Medical and sanitary report on the native army of Bombay for the year
Year: 1878
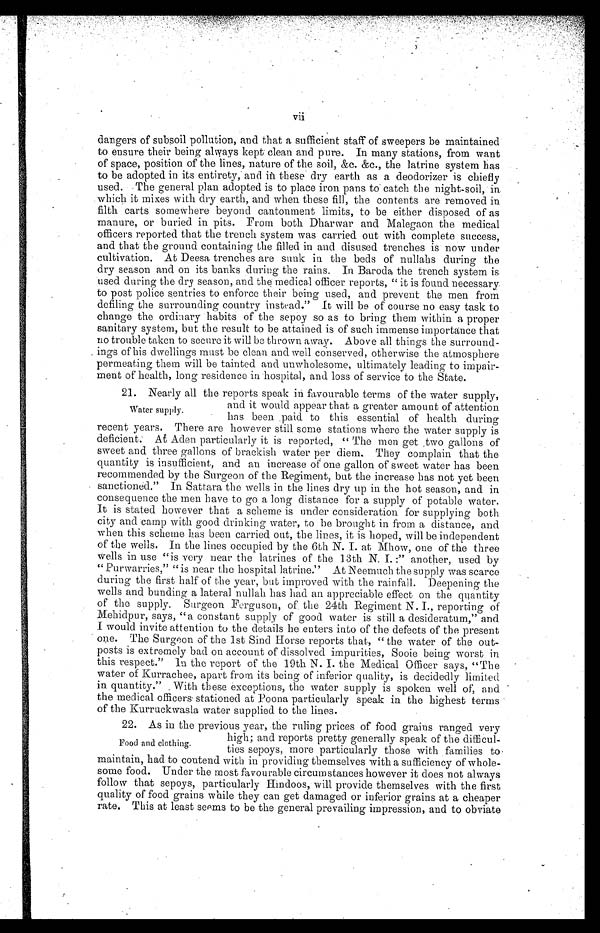
vii
dangers of subsoil pollution, and that a sufficient staff of sweepers be maintained
to ensure their being always kept clean and pure. In many stations, from want
of space, position of the lines, nature of the soil, &c. &c., the latrine system has
to be adopted in its entirety, and in these dry earth as a deodorizer is chiefly
used. The general plan adopted is to place iron pans to catch the night-soil, in
which it mixes with dry earth, and when these fill, the contents are removed in
filth carts somewhere beyond cantonment limits, to be either disposed of as
manure, or buried in pits. From both Dharwar and Malegaon the medical
officers reported that the trench system was carried out with complete success,
and that the ground containing the filled in and disused trenches is now under
cultivation. At Deesa trenches are sunk in the beds of nullahs during the
dry season and on its banks during the rains. In Baroda the trench system is
used during the dry season, and the medical officer reports, " it is found necessary
to post police sentries to enforce their being used, and prevent the men from
defiling the surrounding country instead." It will be of course no easy task to
change the ordinary habits of the sepoy so as to bring them within a proper
sanitary system, but the result to be attained is of such immense importance that
no trouble taken to secure it will be thrown away. Above all things the surround
ings of his dwellings must be clean and well conserved, otherwise the atmosphere
permeating them will be tainted and unwholesome, ultimately leading to impair-
ment of health, long residence in hospital, and loss of service to the State.
21. Nearly all the reports speak in favourable terms of the water supply,
Water supply.
and it would appear that a greater amount of attention
has been paid to this essential of health during
recent years. There are however still some stations where the water supply is
deficient. At Aden particularly it is reported, " The men get two gallons of
sweet and three gallons of brackish water per diem. They complain that the
quantity is insufficient, and an increase of one gallon of sweet water has been
recommended by the Surgeon of the Regiment, but the increase has not yet been
sanctioned." In Sattara the wells in the lines dry up in the hot season, and in
consequence the men have to go a long distance for a supply of potable water.
It is stated however that a scheme is under consideration for supplying both
city and camp with good drinking water, to be brought in from a distance, and
when this scheme has been carried out, the lines, it is hoped, will be independent
of the wells. In the lines occupied by the 6th N. I. at Mhow, one of the three
wells in use "is very near the latrines of the 13th N. I.:" another, used by-
" Purwarries," " is near the hospital latrine." At Neemuch the supply was scarce
during the first half of the year, but improved with the rainfall. Deepening the
wells and building a lateral nullah has had an appreciable effect on the quantity
of the supply. Surgeon Ferguson, of. the 24th Regiment N. I., reporting of
Mehidpur, says, "a constant supply of good water is still a desideratum," and
I would invite attention to the details he enters into of the defects of the present
one. The Surgeon of the 1st Sind Horse reports that, " the water of the out-
posts is extremely bad on account of dissolved impurities, Sooie being worst in
this respect." In the report of the 19th N. I. the Medical Officer says, "The
water of Kurrachee, apart from its being of inferior quality, is decidedly limited
in quantity." With these exceptions, the water supply is spoken well of, and
the medical officers stationed at Poona particularly speak in the highest terms
of the Kurruckwasla water supplied to the lines.
22. As in the previous year, the ruling prices of food grains ranged very
high; and reports pretty generally speak of the difficul-
ties sepoys, more particularly those with families to
maintain, had to contend with in providing themselves with a sufficiency of whole-
some food. Under the most favourable circumstances however it does not always
follow that sepoys, particularly Hindoos, will provide themselves with the first
quality of food grains while they can get damaged or inferior grains at a cheaper
rate. This at least seems to be the general prevailing impression, and to obviate
Food and clothing.